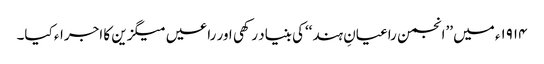
۱۹۱۴ء میں ’’انجمن راعیانِ ہند‘‘کی بنیاد رکھی اور راعیں میگزین کا اجراء کیا۔